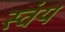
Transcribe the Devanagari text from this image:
स्‍वंय